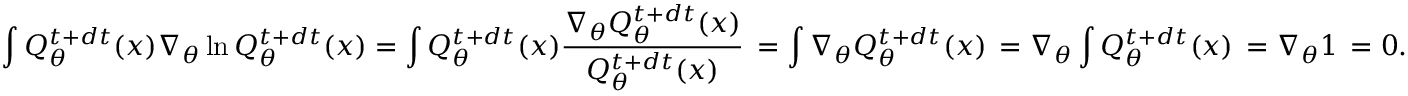
\int Q _ { \theta } ^ { t + d t } ( x ) \nabla _ { \theta } \ln Q _ { \theta } ^ { t + d t } ( x ) = \int Q _ { \theta } ^ { t + d t } ( x ) \frac { \nabla _ { \theta } Q _ { \theta } ^ { t + d t } ( x ) } { Q _ { \theta } ^ { t + d t } ( x ) } \, = \int \nabla _ { \theta } Q _ { \theta } ^ { t + d t } ( x ) \, = \nabla _ { \theta } \int Q _ { \theta } ^ { t + d t } ( x ) \, = \nabla _ { \theta } 1 \, = 0 .